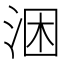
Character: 涃